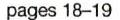
pages 18-19